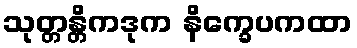
သုတ္တန္တိကဒုက နိက္ခေပကထာ